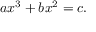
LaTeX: \ a x ^ { 3 } + b x ^ { 2 } = c .